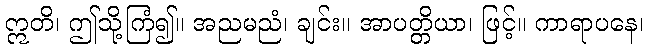
ဣတိ၊ ဤသို့ကြံ၍။ အညမညံ၊ ချင်း။ အာပတ္တိယာ၊ ဖြင့်။ ကာရာပနေ၊